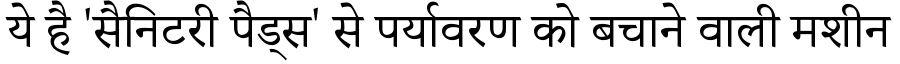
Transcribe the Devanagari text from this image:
ये है 'सैनिटरी पैड्स' से पर्यावरण को बचाने वाली मशीन